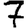
Digit: 7